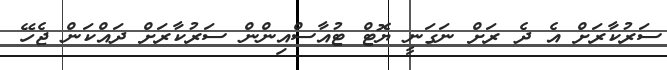
ސަރުކާރަށް އެ ދެ ރަށް ނަގަނީ ޔޮޓް ޓުއާސްއިންން ސަރުކާރަށް ދައްކަން ޖެހޭ